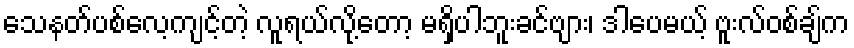
သေနတ်ပစ်လေ့ကျင့်တဲ့ လူရယ်လို့တော့ မရှိပါဘူးခင်ဗျား၊ ဒါပေမယ့် ဗူးလ်ဝစ်ချ်က